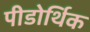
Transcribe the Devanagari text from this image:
पीडोर्थिक